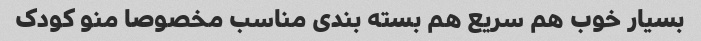
بسیار خوب هم سریع هم بسته بندی مناسب مخصوصا منو کودک